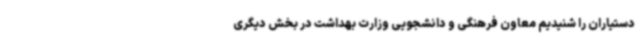
دستیاران را شنیدیم معاون فرهنگی و دانشجویی وزارت بهداشت در بخش دیگری